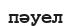
пәуел